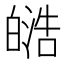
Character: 𭽟